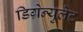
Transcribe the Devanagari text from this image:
डिग्रेन्युलेट